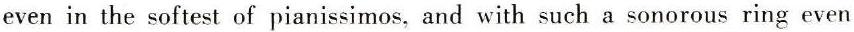
even in the softest of pianissimos, and with such a sonorous ring even